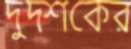
দুদশকের